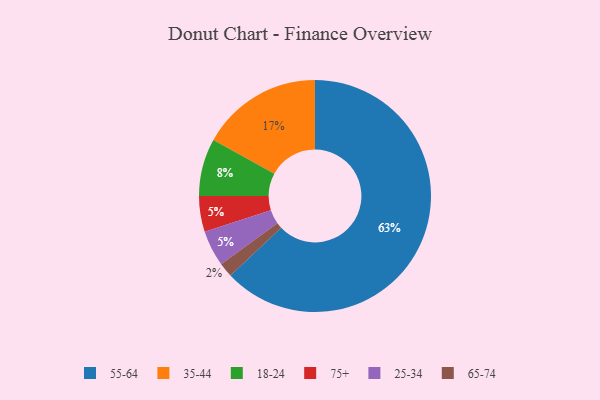
{"axis": {"x": "Category", "y": "Percentage"}, "legend": ["18-24", "25-34", "35-44", "55-64", "65-74", "75+"], "data": [{"x": "65-74", "y": 2, "type": "65-74"}, {"x": "18-24", "y": 8, "type": "18-24"}, {"x": "75+", "y": 5, "type": "75+"}, {"x": "25-34", "y": 5, "type": "25-34"}, {"x": "55-64", "y": 63, "type": "55-64"}, {"x": "35-44", "y": 17, "type": "35-44"}]}